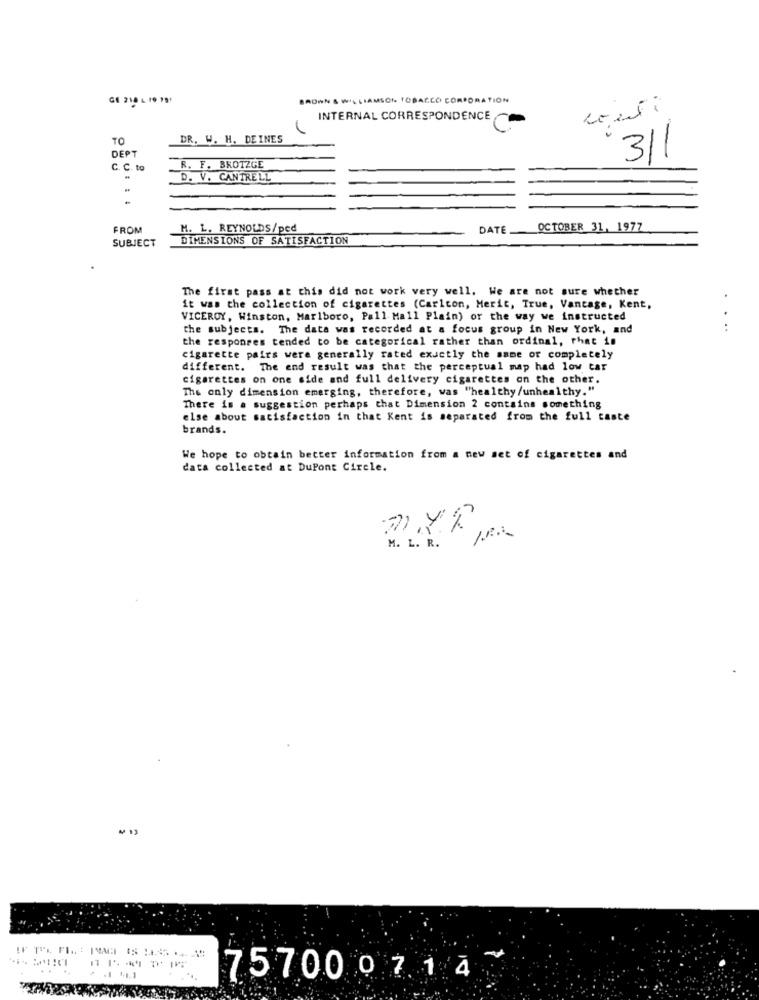
GE 218 L 19 191
LIAMSON TOBACCO CORPORATION
INTERNAL CORRESPONDENCE
TO
DR. W. H. DEINES
DEPT
311
C. C. to
R. F. BROTZGE
D. V. CANTRELL
FROM
M. L. REYNOLDS/ped
DATE
OCTOBER 31, 1977
SUBJECT
DIMENSIONS OF SATISFACTION
The first pass at this did not work very well. We are not sure whether
it was the collection of cigarettes (Carlton, Merit, True, Vantage, Kent,
VICEROY, Winston, Marlboro, Pall Mall Plain) or the way we instructed
the subjects. The data was recorded at a focus group in New York, and
...
the responses tended to be categorical rather than ordinal, that in
cigarette pairs were generally rated exactly the same or completely
different. The end result was that the perceptual map had low tar
cigarettes on one side and full delivery cigarettes on the other.
The only dimension emerging, therefore, was "healthy/unhealthy."
There is a suggestion perhaps that Dimension 2 contains something
else about satisfaction in that Kent is separated from the full caste
brands.
We hope to obtain better information from a new set of cigarettes and
data collected at Dupont Circle.
M. L. R.
....
75700 0 7 1 4